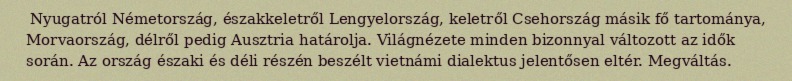
Nyugatról Németország, északkeletről Lengyelország, keletről Csehország másik fő tartománya, Morvaország, délről pedig Ausztria határolja. Világnézete minden bizonnyal változott az idők során. Az ország északi és déli részén beszélt vietnámi dialektus jelentősen eltér. Megváltás.